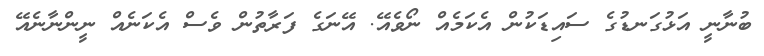
ބުނާނީ އަޅުގަނޑުގެ ސައިޑަކުން އެކަމެއް ނޯވެއޭ. އޭނަގެ ފަރާތުން ވެސް އެކަނެއް ނީންނާނެއޭ